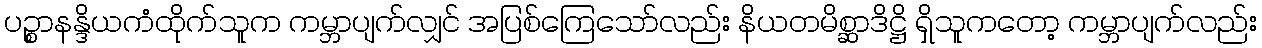
ပဉ္စာနန္ဒိယကံထိုက်သူက ကမ္ဘာပျက်လျှင် အပြစ်ကြေသော်လည်း နိယတမိစ္ဆာဒိဋ္ဌိ ရှိသူကတော့ ကမ္ဘာပျက်လည်း